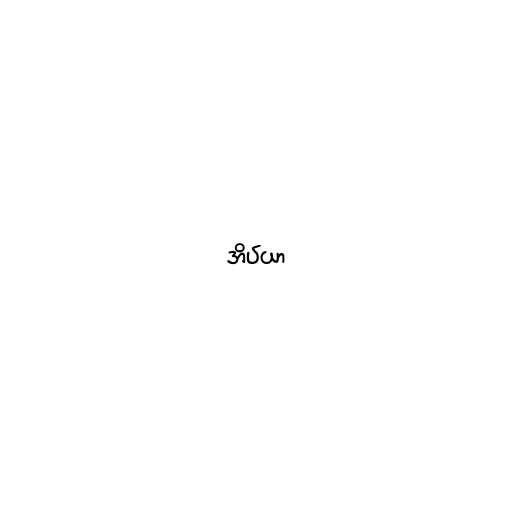
အိပ်ယာ